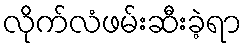
လိုက်လံဖမ်းဆီးခဲ့ရာ